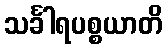
သင်္ခါရပစ္စယာတိ